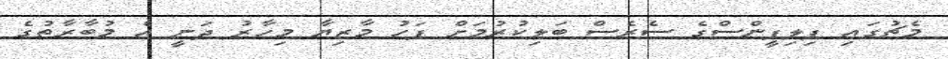
މެޗުގައި ފިލިޕީންސްގެ ސެރެސް ބަލިކުރުމަށް ފަހު މާޒިޔާ މިހާރު ދަނީ އެ މުބާރާތުގެ